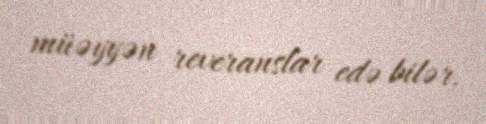
müəyyən reveranslar edə bilər.